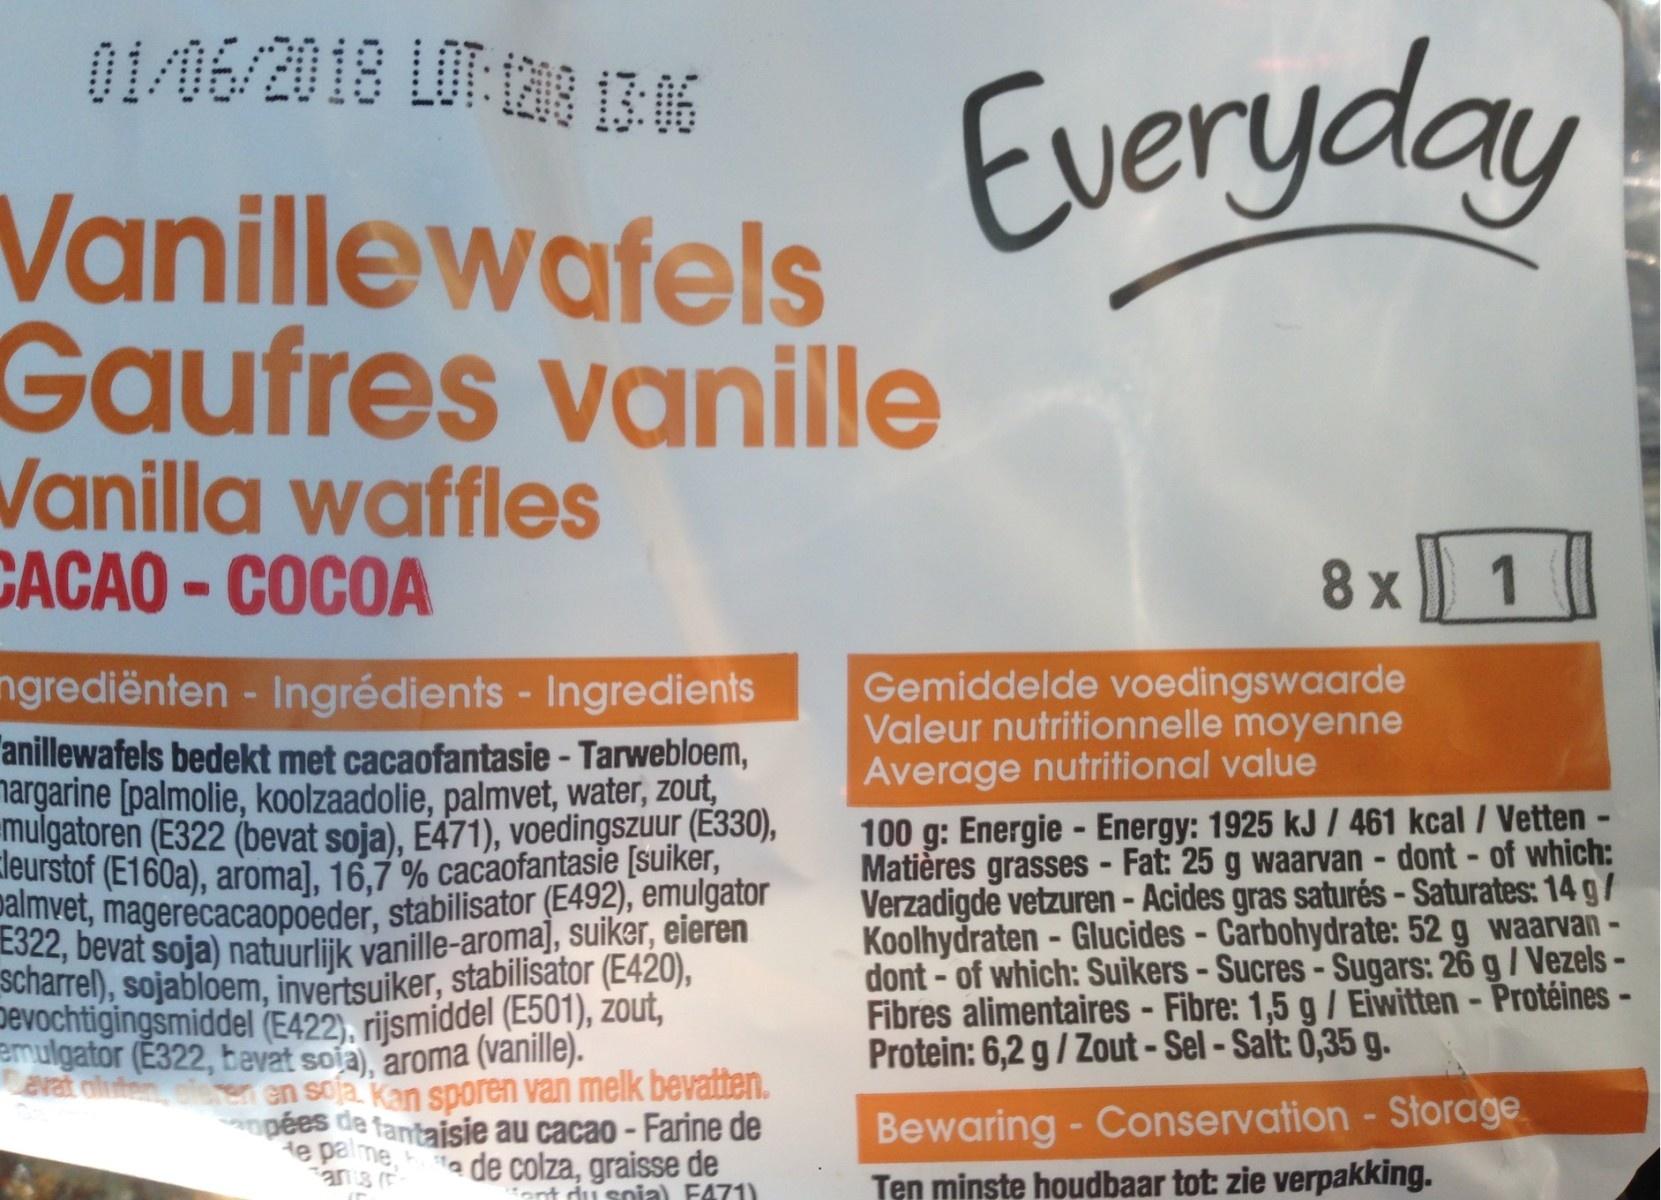
Vanillewafels Gaufres vanille
Vanilla waffles CACAO-COCOA
ngrediënten - Ingrédients - Ingredients anillewafels bedekt met cacaofantasie - Tarwebloem, margarine [palmolie, koolzaadolie, palmvet, water, zout, mulgatoren (E322 (bevat soja), E471), voedingszuur (E330), leurstof (E160a), aroma], 16,7 % cacaofantasie [suiker, palmvet, magerecacaopoeder, stabilisator (E492), emulgator E322, bevat soja) natuurlijk vanille-aroma], suiker, eieren scharrel), sojabloem, invertsuiker, stabilisator (E420), Devochtigingsmiddel (E422), rijsmiddel (E501), zout, emulgator (E322, bevat soia), aroma (vanille). Lavat ahiten
en en sola kan sporen van melk bevatten. apées de fantaisie au cacao - Farine de e palme, de colza, graisse de
ent du spia) F471)
Everyday
8x
Gemiddelde voedingswaarde Valeur nutritionnelle moyenne Average nutritional value
1
100 g: Energie - Energy: 1925 kJ / 461 kcal / Vetten - Matières grasses - Fat: 25 g waarvan - dont - of which: Verzadigde vetzuren - Acides gras saturés - Saturates: 14 g/ Koolhydraten-Glucides - Carbohydrate: 52 g waarvan - dont-of which: Suikers - Sucres - Sugars: 26 g / VezelsFibres alimentaires - Fibre: 1,5 g / Eiwitten - Protéines - Protein: 6,2 g/Zout-Sel-Salt: 0,35 g.
Bewaring - Conservation - Storage Ten minste houdbaar tot: zie verpakking.